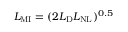
L _ { \mathrm { M I } } = ( 2 L _ { \mathrm { D } } L _ { \mathrm { N L } } ) ^ { 0 . 5 }